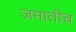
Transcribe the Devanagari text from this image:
जमातीच